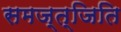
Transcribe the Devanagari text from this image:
समज्त्जिति